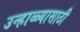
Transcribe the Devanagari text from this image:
उन्हाळ्यासाठी